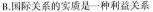
B.国际关系的实质是一种利益关系